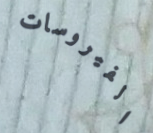
الفيروسات